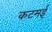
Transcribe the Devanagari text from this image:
कटमई